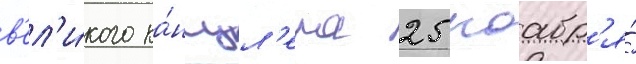
в'ел'и́кого ка́нцл'ера 25 ноабр'я́